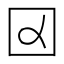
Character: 𡆢